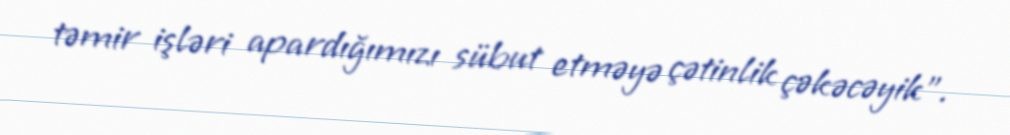
təmir işləri apardığımızı sübut etməyə çətinlik çəkəcəyik”.